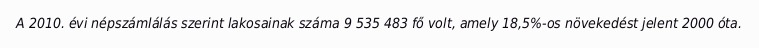
A 2010. évi népszámlálás szerint lakosainak száma 9 535 483 fő volt, amely 18,5%-os növekedést jelent 2000 óta.